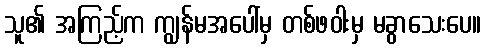
သူ၏ အကြည့်က ကျွန်မအပေါ်မှ တစ်ဖဝါးမှ မခွာသေးပေ။